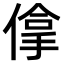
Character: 𠌧